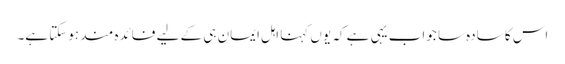
اس کا سادہ سا جواب یہی ہے کہ یوں کہنا اہل ایمان ہی کے لیے فائدہ مند ہوسکتا ہے۔